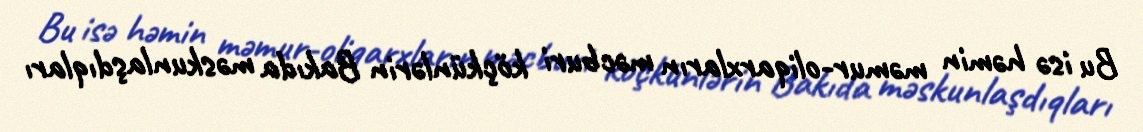
Bu isə həmin məmur-oliqarxların məcburi köçkünlərin Bakıda məskunlaşdıqları